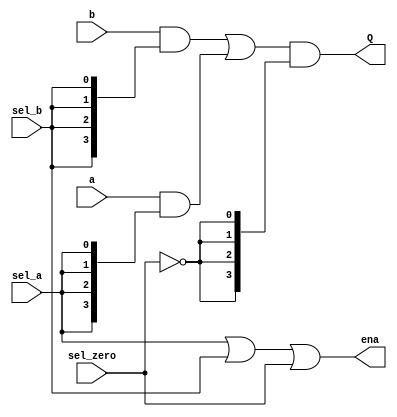
// Copyright (C) 1991-2013 Altera Corporation
// Your use of Altera Corporation's design tools, logic functions 
// and other software and tools, and its AMPP partner logic 
// functions, and any output files from any of the foregoing 
// (including device programming or simulation files), and any 
// associated documentation or information are expressly subject 
// to the terms and conditions of the Altera Program License 
// Subscription Agreement, Altera MegaCore Function License 
// Agreement, or other applicable license agreement, including, 
// without limitation, that your use is for the sole purpose of 
// programming logic devices manufactured by Altera and sold by 
// Altera or its authorized distributors.  Please refer to the 
// applicable agreement for further details.

// PROGRAM		"Quartus II 64-Bit"
// VERSION		"Version 13.0.1 Build 232 06/12/2013 Service Pack 1 SJ Web Edition"
// CREATED		"Fri Oct 31 21:08:42 2014"

module alu_mux_3z(
	sel_zero,
	sel_a,
	sel_b,
	a,
	b,
	ena,
	Q
);


input wire	sel_zero;
input wire	sel_a;
input wire	sel_b;
input wire	[3:0] a;
input wire	[3:0] b;
output wire	ena;
output wire	[3:0] Q;

wire	[3:0] SYNTHESIZED_WIRE_0;
wire	SYNTHESIZED_WIRE_1;
wire	[3:0] SYNTHESIZED_WIRE_2;
wire	[3:0] SYNTHESIZED_WIRE_3;




assign	SYNTHESIZED_WIRE_3 = a & {sel_a,sel_a,sel_a,sel_a};

assign	Q = SYNTHESIZED_WIRE_0 & {SYNTHESIZED_WIRE_1,SYNTHESIZED_WIRE_1,SYNTHESIZED_WIRE_1,SYNTHESIZED_WIRE_1};

assign	SYNTHESIZED_WIRE_1 =  ~sel_zero;

assign	SYNTHESIZED_WIRE_0 = SYNTHESIZED_WIRE_2 | SYNTHESIZED_WIRE_3;

assign	ena = sel_a | sel_b | sel_zero;

assign	SYNTHESIZED_WIRE_2 = b & {sel_b,sel_b,sel_b,sel_b};


endmodule